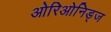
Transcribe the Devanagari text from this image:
ओरिओनिड्ज